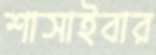
শাসাইবার